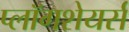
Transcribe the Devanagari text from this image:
प्लॉगशेयर्स